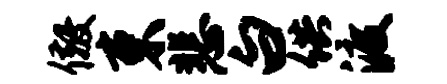
儆束悲白供渡